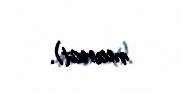
manat).